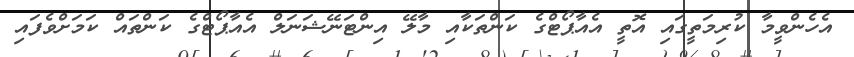
އެހެންވީމާ ކުރިމަތީގައި އޮތީ އެއާޕޯޓްގެ ކަންތަކާއި މާލޭ އިންޓަނޭޝަނަލް އެއާޕޯޓްގެ ކަންތައް ކަމަށްވެފައި